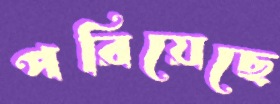
পরিয়েছে